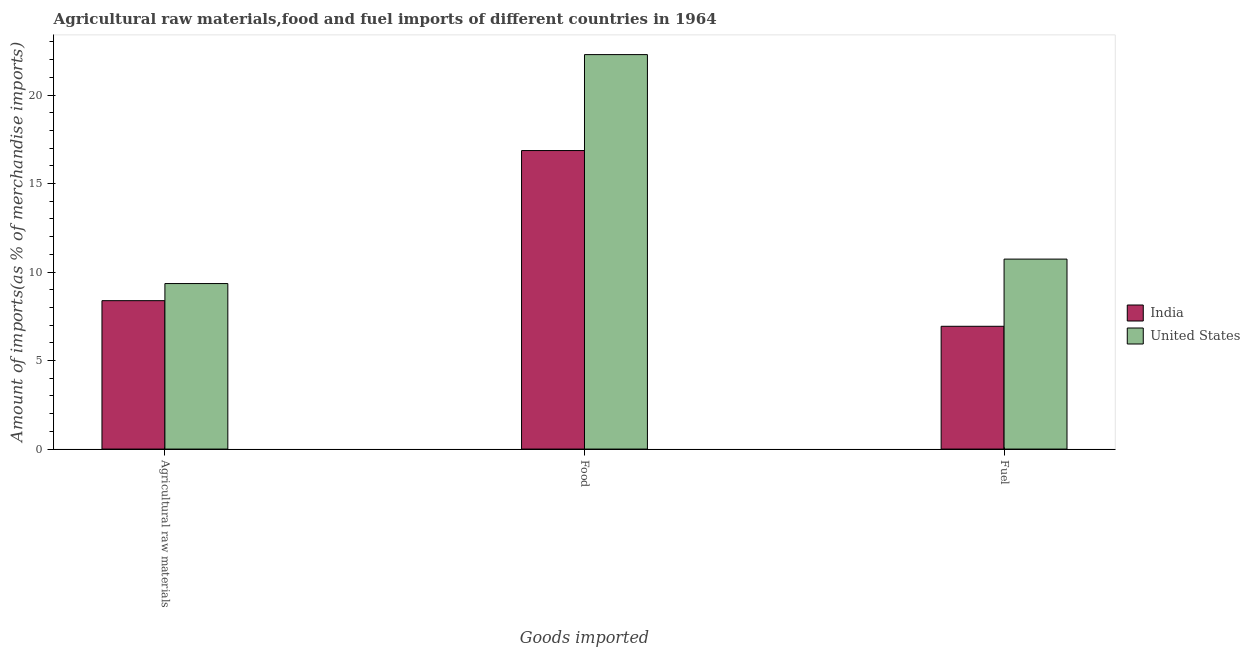
| Goods imported | India | United States |
 | --- | --- | --- |
 | Agricultural raw materials | 8.38 | 9.35 |
 | Food | 16.9 | 22.3 |
 | Fuel | 6.94 | 10.7 |